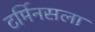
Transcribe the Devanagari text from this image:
टर्मिनसला